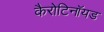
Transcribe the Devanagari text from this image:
कैरोटिनॉयड